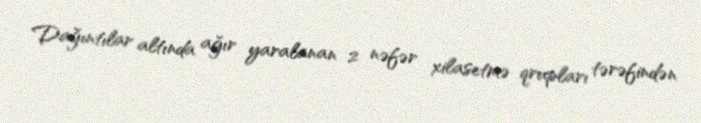
Dağıntılar altında ağır yaralanan 2 nəfər xilasetmə qrupları tərəfindən